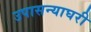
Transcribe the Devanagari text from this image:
उपासन्याघरी